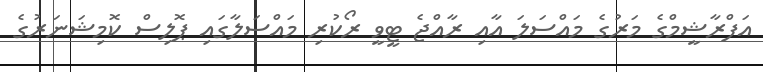
އަފްރާޝީމްގެ މަރުގެ މައްސަލަ އާއި ރާއްޖެ ޓީވީ ރޯކުރި މައްސަލާގައި ޕޮލިސް ކޮމިޝަނަރުގެ